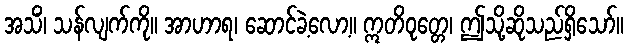
အသိံ၊ သန်လျက်ကို။ အာဟာရ၊ ဆောင်ခဲ့လော့။ ဣတိဝုတ္တေ၊ ဤသို့ဆိုသည်ရှိသော်။